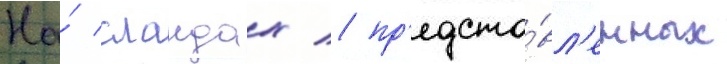
На́ слаидах / пр'едста́вл'енных